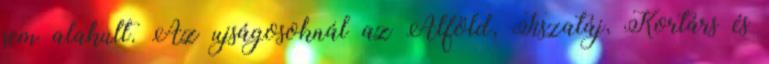
sem alakult. Az ujságosoknál az Alföld, Tiszatáj, Kortárs és